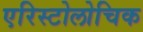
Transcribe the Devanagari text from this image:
एरिस्टोलोचिक